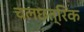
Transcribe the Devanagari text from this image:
चलछत्रिक